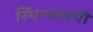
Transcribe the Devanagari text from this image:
स्थिरचररुपी